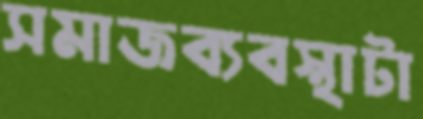
সমাজব্যবস্থাটা